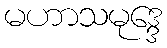
မဟာသမုဒ္ဒေ